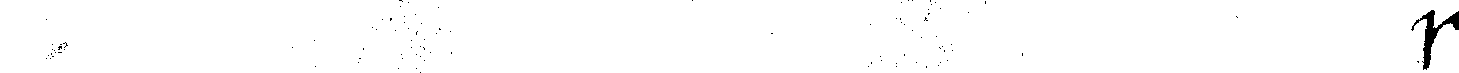
# m